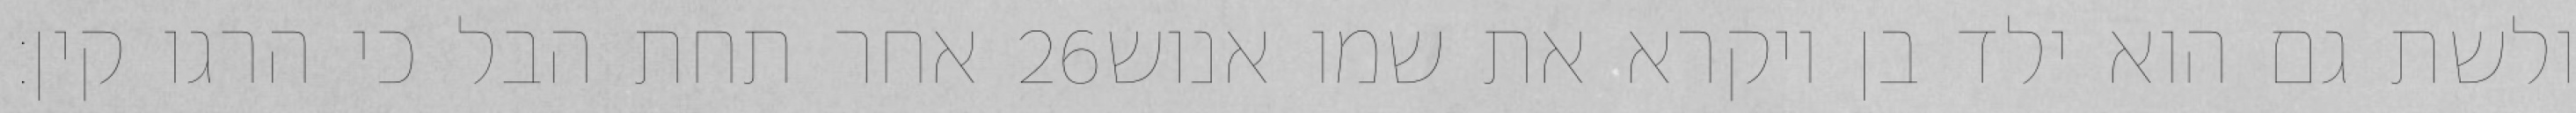
אחר תחת הבל כי הרגו קין׃ ‎26‏ ולשת גם הוא ילד בן ויקרא את שמו אנוש